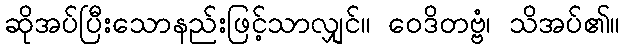
ဆိုအပ်ပြီးသောနည်းဖြင့်သာလျှင်။ ဝေဒိတဗ္ဗံ၊ သိအပ်၏။